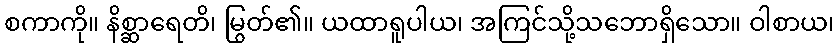
စကာကို။ နိစ္ဆာရေတိ၊ မြွတ်၏။ ယထာရူပါယ၊ အကြင်သို့သဘောရှိသော။ ဝါစာယ၊